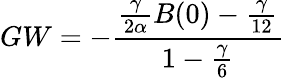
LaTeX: GW=-\frac{\frac{\gamma}{2\alpha}B(0)-{\frac{\gamma}{12}}}{1-{\frac{\gamma}{6}}}